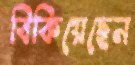
বিকিয়েছেন